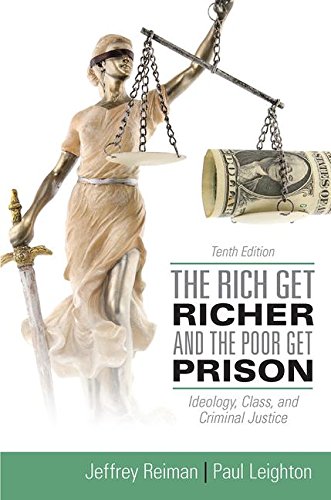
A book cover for The Rich Get Richer and the Poor Get Prison: Ideology, Class, and Criminal Justice; Jeffrey Reiman; Politics & Social Sciences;